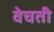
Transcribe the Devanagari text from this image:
वेचती